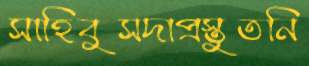
সাহিবুসদাপ্রস্তুতনি